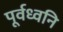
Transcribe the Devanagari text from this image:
पूर्वध्वनि